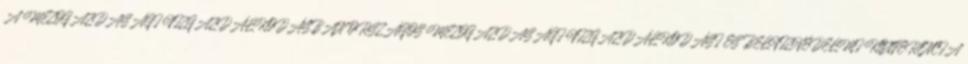
A MEZŐGAZDASÁGI VÍZGAZDÁLKODÁSBAN ORSZÁGOS MEZŐGAZDASÁGI VÍZGAZDÁLKODÁSI ÉS BELVÍZVÉDELMI KONFERENCIA